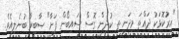
"އިރުކޮޅަކު ދައްތަ މިދަނީ ތި ކުދިން ގޮސް ސައިބޯން ފަށާ" ޞާބިރާ ބުނެލިއެވެ.